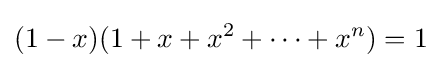
(1-x)(1+x+x^{2}+\dotsb +x^{n})=1